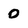
Character: 0